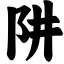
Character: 阱